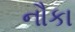
નૌકા